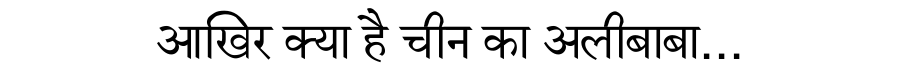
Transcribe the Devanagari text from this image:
आखिर क्या है चीन का अलीबाबा...